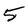
Character: 5